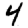
Digit: 4